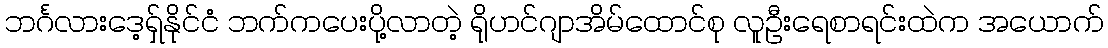
ဘင်္ဂလားဒေ့ရှ်နိုင်ငံ ဘက်ကပေးပို့လာတဲ့ ရိုဟင်ဂျာအိမ်ထောင်စု လူဦးရေစာရင်းထဲက အယောက်